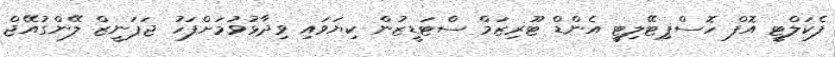
ފެކަލްޓީ އޮފް ހޮސްޕިޓޭލިޓީ އެންޑް ޓޫރިޒަމް ސްޓަޑީޒުން ކިޔަވައި ވިދާޅުވުމަށްފަހު ޖަޕަނީޒް ލޭންގުއޭޖް